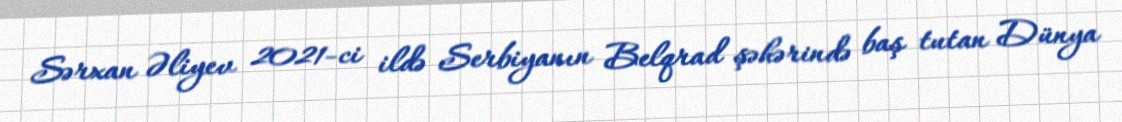
Sərxan Əliyev 2021-ci ildə Serbiyanın Belqrad şəhərində baş tutan Dünya